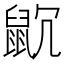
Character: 𪕁